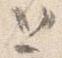
と